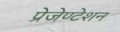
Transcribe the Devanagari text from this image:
प्रेजेण्टेशन